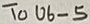
Text: To U6-5